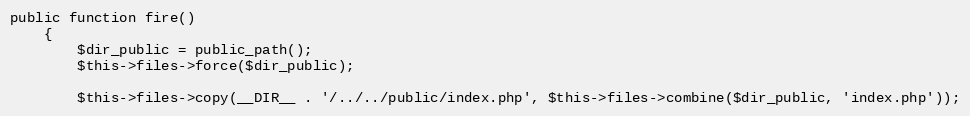
Language: PHP
public function fire()
    {
        $dir_public = public_path();
        $this->files->force($dir_public);

        $this->files->copy(__DIR__ . '/../../public/index.php', $this->files->combine($dir_public, 'index.php'));